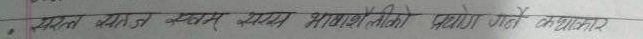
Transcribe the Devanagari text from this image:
प्रदत्त यात स्वरूप स्यम् स्यम् भाषाका नीति प्रदान कहाताए